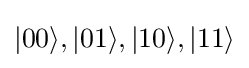
|00\rangle ,|01\rangle ,|10\rangle ,|11\rangle